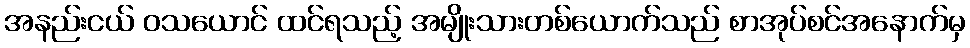
အနည်းငယ် ဝသယောင် ထင်ရသည့် အမျိုးသားတစ်ယောက်သည် စာအုပ်စင်အနောက်မှ